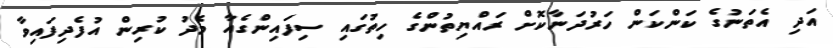
އަދި އެތަނުގެ ކަންކަން ހަރުދަނާކޮށް ރައްޔިތުންގެ ހިތުގައި ސިފައިންގެއާ މެދު ކުރިން އުފެދިފައިވާ